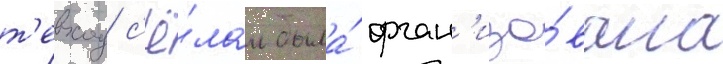
т'евход с'ё́лам была́ орган'изо́вана